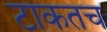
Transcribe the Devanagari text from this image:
टाकतच